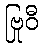
ဗြုဝီ